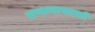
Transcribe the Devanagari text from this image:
तणावाखाली